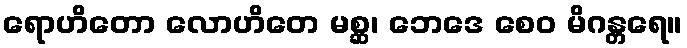
ရောဟိတော လောဟိတေ မစ္ဆ၊ ဘေဒေ စေဝ မိဂန္တရေ။